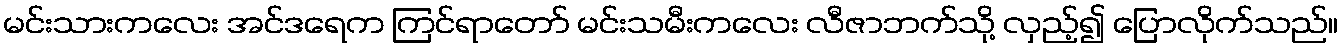
မင်းသားကလေး အင်ဒရေက ကြင်ရာတော် မင်းသမီးကလေး လီဇာဘက်သို့ လှည့်၍ ပြောလိုက်သည်။